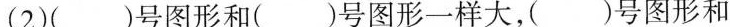
（2）（）号图形和()号图形一样大，（）号图形和